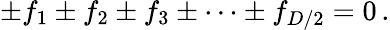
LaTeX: \pm f_{1}\pm f_{2}\pm f_{3}\pm\cdots\pm f_{D/2}=0\, .